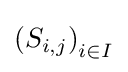
\left(S_{i,j}\right)_{i\in I}